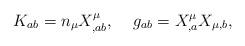
LaTeX: \begin{align*}K_{ab} = n_{\mu} X^{\mu}_{,ab}, \;\;\;\; g_{ab}=X^{\mu}_{,a} X_{\mu,b},\end{align*}